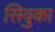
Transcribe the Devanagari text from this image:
सिवुका